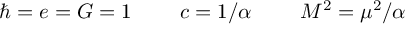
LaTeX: \hbar = e = G = 1 ~ ~ ~ ~ ~ ~ ~ c = 1 / \alpha ~ ~ ~ ~ ~ ~ ~ M ^ { 2 } = \mu ^ { 2 } / \alpha